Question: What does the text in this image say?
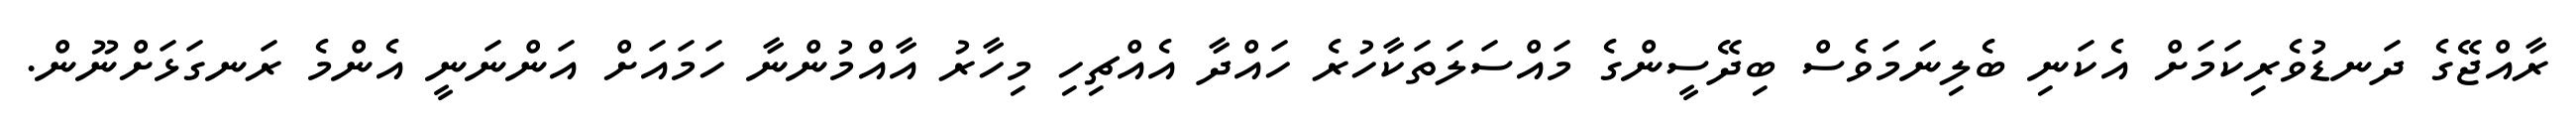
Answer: ރާއްޖޭގެ ދަނޑުވެރިކަމަށް އެކަނި ބެލިނަމަވެސް ބިދޭސީންގެ މައްސަލަތަކާހުރެ ހައްދާ އެއްޗިހި މިހާރު އާއްމުންނާ ހަމައަށް އަންނަނީ އެންމެ ރަނގަޅަށްނޫން.